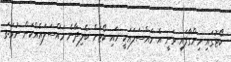
ކޯޓުގައި ހިންގާފައި ވަނީ އެ މައްސަލައަކީ ހައި ކޯޓަށް ބެލިދާނެ މައްސަލައެއްކަން ނުވަތަ